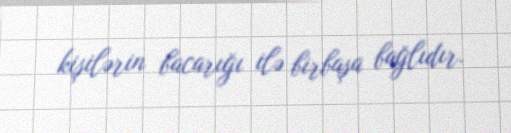
kişilərin bacarığı ilə birbaşa bağlıdır.